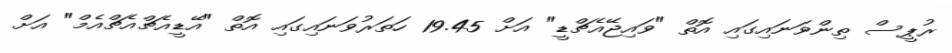
ރުޕީސް ތިންވަނައިގައި އޮތް "ވައިޖޭއެޗްޑީ" އަށް 19.45 ހަތަރުވަނައިގައި އޮތް "އޭޑީއެޗްއެޗްއެމް" އަށް